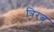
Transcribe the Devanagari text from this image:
त्रिरत्न्